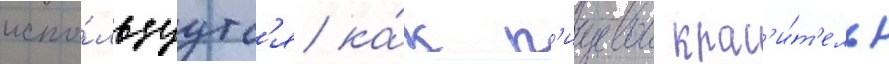
испо́льзуутс'я ка́к п'ищевои крас'и́т'ель